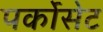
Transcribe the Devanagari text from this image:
पर्कोसेट